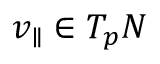
v _ { \parallel } \in T _ { p } N